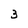
Character: 3